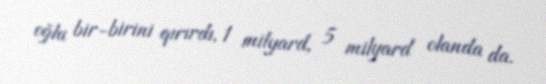
oğlu bir-birini qırırdı, 1 milyard, 5 milyard olanda da.